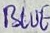
Text: BLUE